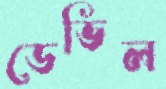
ডেভিল